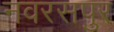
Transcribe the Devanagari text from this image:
नवरसपुर